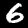
Label: 6